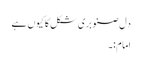
دِل صنوبری شکل کا کیوں ہے
امام:۔